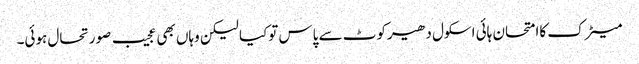
میٹرک کاامتحان ہائی اسکول دھیرکوٹ سے پاس توکیا لیکن وہاں بھی عجیب صورتحال ہوئی۔